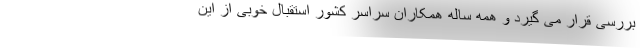
بررسی قرار می گیرد و همه ساله همکاران سراسر کشور استقبال خوبی از این